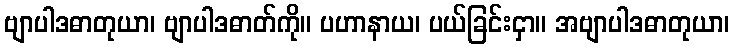
ဗျာပါဒဓာတုယာ၊ ဗျာပါဒဓာတ်ကို။ ပဟာနာယ၊ ပယ်ခြင်းငှာ။ အဗျာပါဒဓာတုယာ၊